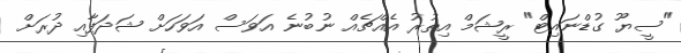
"ސީޔޫ ގުޑްނައިޓް" ރީޝަމް އިތުރު އެއްޗެއް ނުބުނެ އަވަސް އަވަހަށް ޝަދަފާއި ދުރަށް